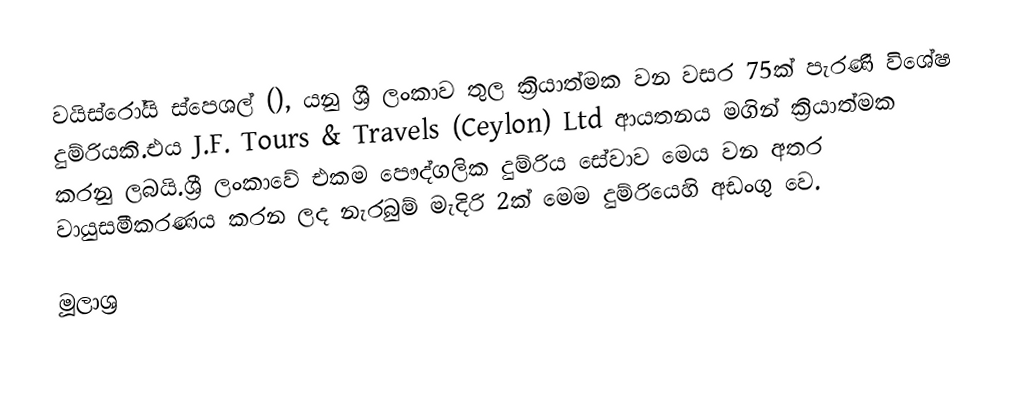
වයිස්රෝයි ස්පෙශල් (), යනු ශ්‍රී ලංකාව තුල ක්‍රියාත්මක වන වසර 75ක් පැරණි විශේෂ දුම්රියකි.එය J.F. Tours & Travels (Ceylon) Ltd ආයතනය මගින් ක්‍රියාත්මක කරනු ලබයි.ශ්‍රී ලංකාවේ එකම පෞද්ගලික දුම්රිය සේවාව මෙය වන අතර වායුසමීකරණය කරන ලද නැරබුම් මැදිරි 2ක් මෙම දුම්රියෙහි අඩංගු වෙ.

මූලාශ්‍ර